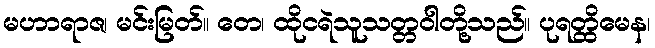
မဟာရာဇ၊ မင်းမြတ်။ တေ၊ ထိုငရဲသူသတ္တဝါတို့သည်။ ပုရတ္ထိမေန၊